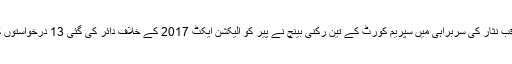
اسلام آباد میں چیف جسٹس ثاقب نثار کی سربراہی میں سپریم کورٹ کے تین رکنی بینچ نے پیر کو الیکشن ایکٹ 2017 کے خلاف دائر کی گئی 13 درخواستوں کو یکجا کر کے سماعت کی۔